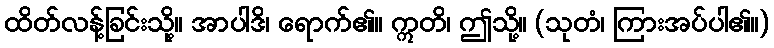
ထိတ်လန့်ခြင်းသို့။ အာပါဒိ၊ ရောက်၏။ ဣတိ၊ ဤသို့။ (သုတံ၊ ကြားအပ်ပါ၏။)